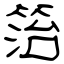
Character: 箈